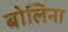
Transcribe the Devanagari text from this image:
बोलिना